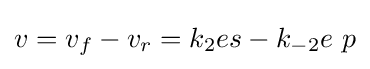
v=v_{f}-v_{r}=k_{2}es-k_{-2}e\ p